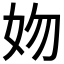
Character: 𡛁